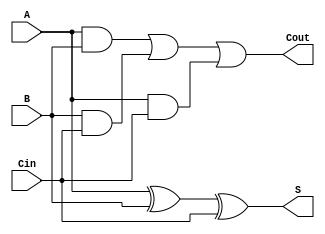
//Structural Description
module FABehavioral(Cout, S, A, B, Cin);

output Cout, S;
input A, B, Cin;
wire w1, w2, w3;

assign w1 = A & B;
assign w2 = B & Cin;
assign w3 = A & Cin;
assign S = A ^ B ^ Cin;
assign Cout = w1 | w2 | w3;
endmodule

// module test_bench;
// reg [2:0] in;//Array variable for the inputs of 3-bit binary numbers
// wire S, Cout;
// FABehavioral FAB (Cout, S, in[0], in[1], in[2]); //Replace module name "FA" with your own modules name
//  //Also, use the correct port order
// initial
// in = 3'b000;//3-bit binary number
// always
// #10 in = in + 1;//100ps delay 
// endmodule